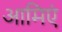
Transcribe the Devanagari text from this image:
आमिएं